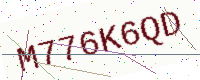
Text: M776K6QD